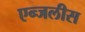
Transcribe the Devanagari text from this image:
एन्जलीस